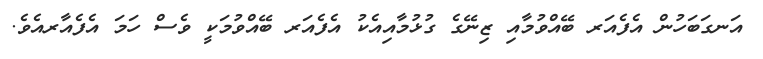
އަނގަބަހުން އެފެއަރ ބޭއްވުމާއި ޒިނޭގެ ގުޅުމާއިއެކު އެފެއަރ ބޭއްވުމަކީ ވެސް ހަމަ އެފެއާރއެވެ.